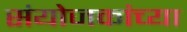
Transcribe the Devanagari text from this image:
संयोजकांच्या